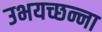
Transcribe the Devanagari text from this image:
उभयच्छन्ना